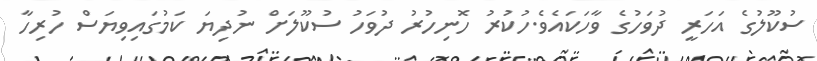
ސުކޫލުގެ އަހަރީ ދުވަހުގެ ވާހަކައެވެ.ހުކުރު ހޮނިހުރު ދުވަހު ސުކޫލަށް ނުދިޔަ ކަމުގައިވިޔަސް ހުރިހާ